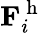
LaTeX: \mathbf{F}_{i}^{\mathrm{~h~}}